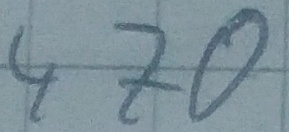
Text: 470